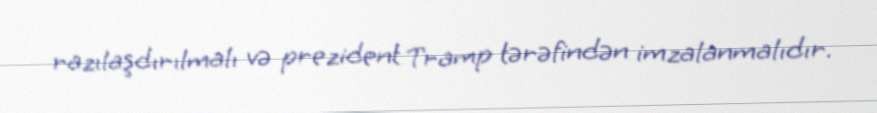
razılaşdırılmalı və prezident Tramp tərəfindən imzalanmalıdır.